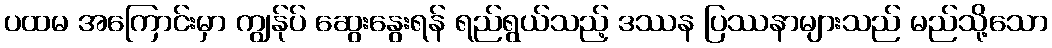
ပထမ အကြောင်းမှာ ကျွန်ုပ် ဆွေးနွေးရန် ရည်ရွယ်သည့် ဒဿန ပြဿနာများသည် မည်သို့သော